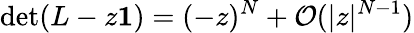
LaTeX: \operatorname*{det}(L-z{\mathbf 1})=(-z)^{N}+{\cal O}(|z|^{N-1})